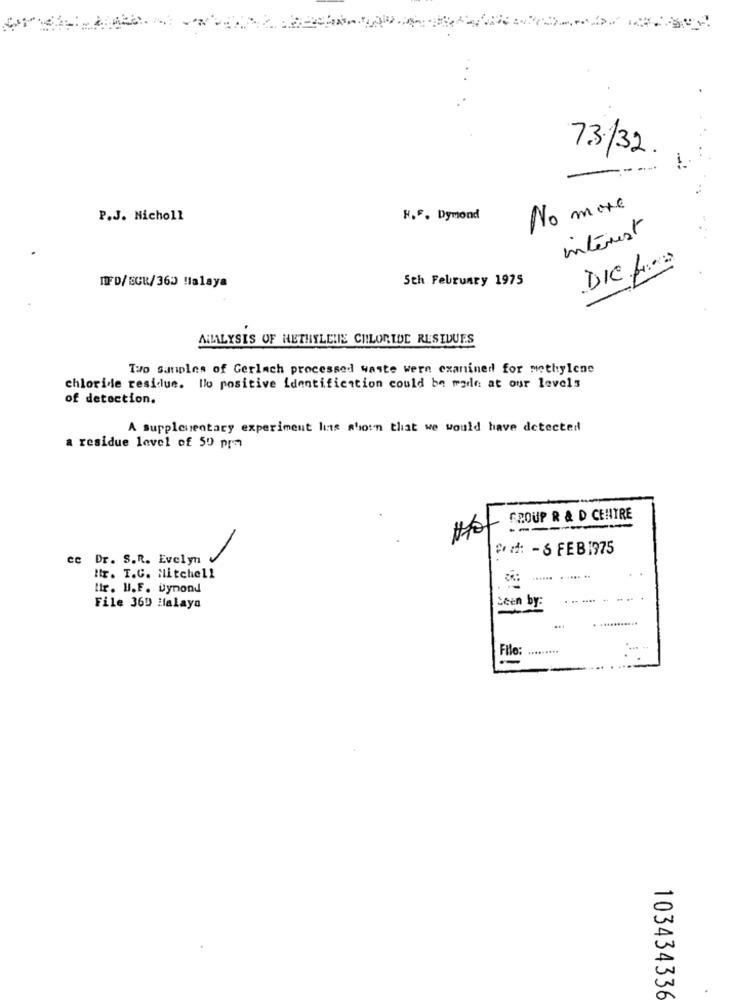
73/32
No more
P.J. Nicholl
R.F. Dymond
interest
DICH
IF D/ SCR/365 Malaya
5th February 1975
ALALYSIS OF HETHYLLIE CHLORIDE RESIDUES
Two samples of Gerlach processed waste wern examined for methylene
chloride residue. lo positive identification could be made at our levels
of detection.
A supplementary experiment lits shown that we would have detected
a residue level of 50 pm
GROUP R & D CENTRE
------
Pd: - 6 FEB1975
Dr. S.R. Evelyn
Htr. T.C. Mitchell
tir. I.F. Dymond
-- - --
File 369 Malaya
Seen by:
103434336
.